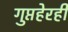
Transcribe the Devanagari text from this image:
गुप्तहेरही